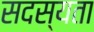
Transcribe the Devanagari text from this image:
सदस्यता